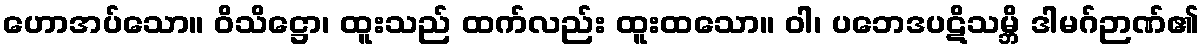
ဟောအပ်သော။ ဝိသိဋ္ဌော၊ ထူးသည် ထက်လည်း ထူးထသော။ ဝါ၊ ပဘေဒပဋိသမ္ဘိ ဒါမဂ်ဉာဏ်၏